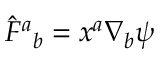
\hat { F } ^ { a } { } _ { b } = x ^ { a } \nabla _ { b } \psi